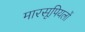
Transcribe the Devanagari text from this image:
मारसूपियलों